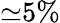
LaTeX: {\simeq}5\%